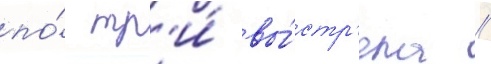
по́ тр'и́ вы́стр'ела //